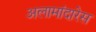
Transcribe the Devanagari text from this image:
अलामांदारेस